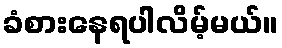
ခံစားနေရပါလိမ့်မယ်။